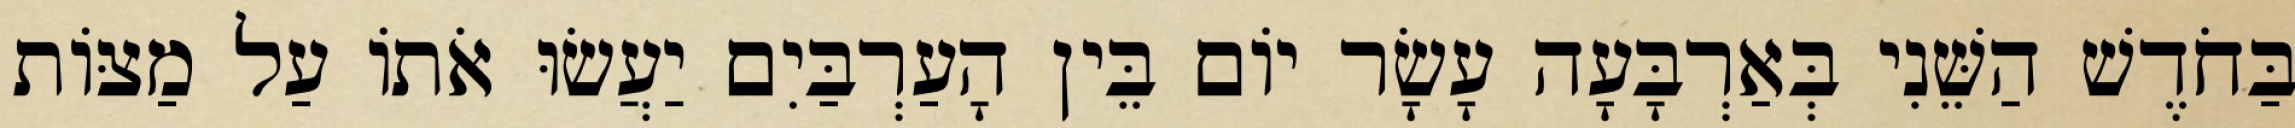
בַּחֹדֶשׁ הַשֵּׁנִי בְּאַרְבָּעָה עָשָׂר יוֹם בֵּין הָעַרְבַּיִם יַעֲשׂוּ אֹתוֹ עַל מַצּוֹת